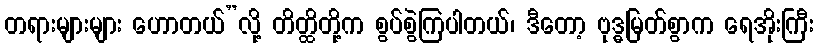
တရားများများ ဟောတယ်”လို့ တိတ္ထိတို့က စွပ်စွဲကြပါတယ်၊ ဒီတော့ ဗုဒ္ဓမြတ်စွာက ရေအိုးကြီး